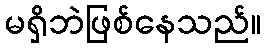
မရှိဘဲဖြစ်နေသည်။